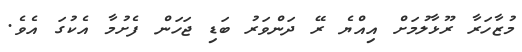
މުޒާހަރާ ރޫޅާލުމަށް އިއްޔެ ރޭ ދަންވަރު ބަޑި ޖަހަން ފެށުމާ އެކުގަ އެވެ.